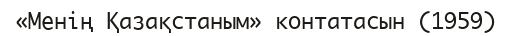
«Менің Қазақстаным» контатасын (1959)